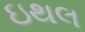
ઇથલ